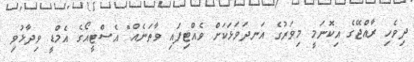
ދިވެހި ރާއްޖޭގެ އިކޮނަމީ މިވަރުގެ އަނދަވަޅަކަށް ވެއްޓިފައި ވާތަނެއް" އެސްޓީއޯގެ އެމްޑީ ވިދާޅުވި